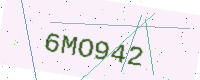
Text: 6MO942